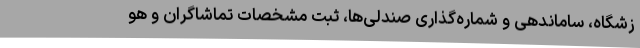
زشگاه، ساماندهی و شماره‌گذاری صندلی‌ها، ثبت مشخصات تماشاگران و هو